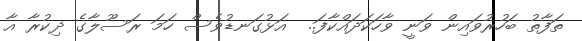
ތަފާތު ބަހުރުވައިން ވަނީ ވާހަކަދައްކާފަ..  އަޅުގަނޑުވެސް ހަމަ ރަސޫލާގެ ޛިކުރާ އާ